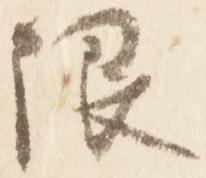
限